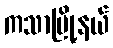
ကသာမြို့နယ်